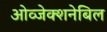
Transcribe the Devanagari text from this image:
ओव्जेक्शनेबिल